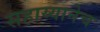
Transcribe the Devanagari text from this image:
सहाय्यानेच